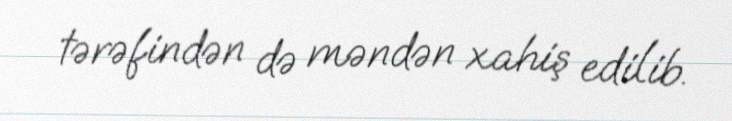
tərəfindən də məndən xahiş edilib.